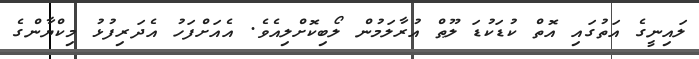
ލައިނީގެ އަތުގައި އޮތް ކުޑަކުޑަ ލޫޠް އުރާލަމުން ލޯބިކޮށްލިއެވެ. އެއަށްފަހު އެދަރިފުޅު މިކްޔާންގެ